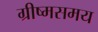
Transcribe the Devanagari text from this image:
ग्रीष्मसमय